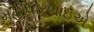
મહાવીરભાઇએ